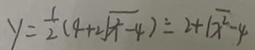
y = \frac { 1 } { 2 } ( 4 + 2 \sqrt { x ^ { 2 } - 4 } ) = 2 + \sqrt { x ^ { 2 } - 4 }